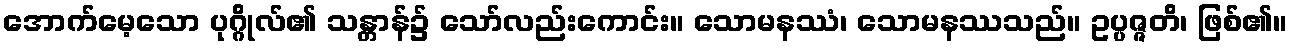
အောက်မေ့သော ပုဂ္ဂိုလ်၏ သန္တာန်၌ သော်လည်းကောင်း။ သောမနဿံ၊ သောမနဿသည်။ ဥပ္ပဇ္ဇတိ၊ ဖြစ်၏။